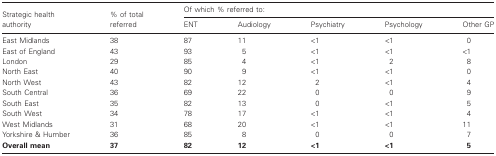
|  |  | <COLSPAN=5> Of which % referred to: |
 | Strategic health authority | % of total referred | ENT | Audiology | Psychiatry | Psychology | Other GP |
 | --- | --- | --- | --- | --- | --- | --- |
 | East Midlands | 38 | 87 | 11 | <1 | <1 | 0 |
 | East of England | 43 | 93 | 5 | <1 | <1 | <1 |
 | London | 29 | 85 | 4 | <1 | 2 | 8 |
 | North East | 40 | 90 | 9 | <1 | <1 | 0 |
 | North West | 43 | 82 | 12 | 2 | <1 | 4 |
 | South Central | 36 | 69 | 22 | 0 | 0 | 9 |
 | South East | 35 | 82 | 13 | 0 | <1 | 5 |
 | South West | 34 | 78 | 17 | <1 | <1 | 4 |
 | West Midlands | 31 | 68 | 20 | <1 | <1 | 11 |
 | Yorkshire & Humber | 36 | 85 | 8 | 0 | 0 | 7 |
 | Overall mean | 37 | 82 | 12 | <1 | <1 | 5 |